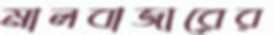
মালবাজারের